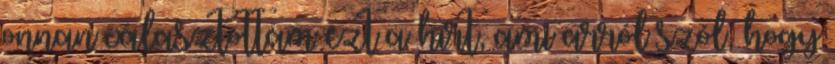
onnan választottam ezt a hírt, ami arról szól, hogy